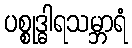
ပစ္စုဒ္ဓါရသမ္ဘာရံ